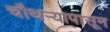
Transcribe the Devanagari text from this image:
चौथऱ्यापासून